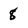
Character: 8